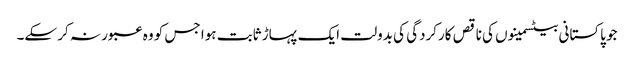
جو پاکستانی بیٹسمینوں کی ناقص کارکردگی کی بدولت ایک پہاڑ ثابت ہوا جس کو وہ عبور نہ کر سکے۔